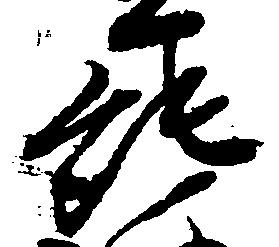
純